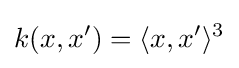
k(x,x')=\langle x,x'\rangle ^{3}